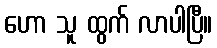
ဟော သူ ထွက် လာပါပြီ။